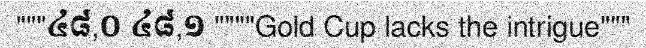
"""៤៨,០ ៤៨,១ """"Gold Cup lacks the intrigue"""